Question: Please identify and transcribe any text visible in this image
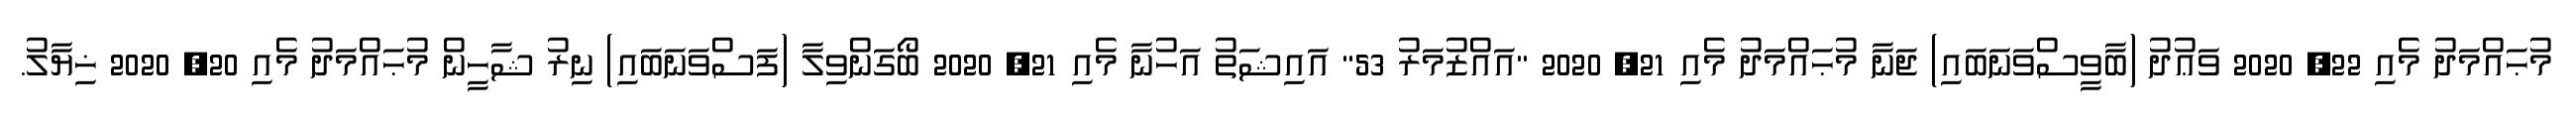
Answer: މުޙައްމަދު މެއި 22, 2020 ވަޢުދު (ބާވީސްވަނަބައި) ޖަނާ މުޙައްމަދު މެއި 21, 2020 "އައްޒުމަރު 53" އައިޝަތު އަހުނާ މެއި 21, 2020 ބޯގަންވިލާ (ފަސްވަނަބައި) ނިރު ޝާހީން މުޙައްމަދު މެއި 20, 2020 ޚިޔާލު.